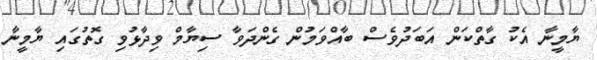
ޔާމީނާ އެކު ގާތްކަން އަބަދުވެސް ބާއްވަމުން ގެންދަވާ ސިޔާމް ވިދާޅުވި ގޮތުގައި ޔާމީނާ